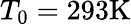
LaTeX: T_{0}=293\mathrm{{K}}